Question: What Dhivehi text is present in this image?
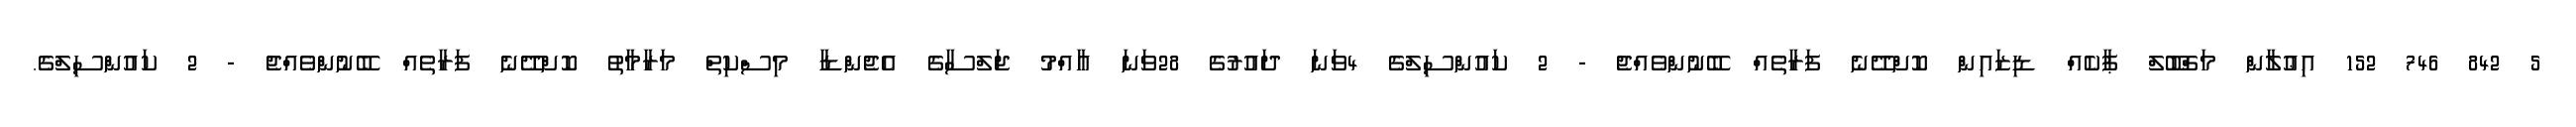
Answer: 5 842 746 152 އިޢުލާން މަޤްބޫލް ޕާކެއް ޑިޒައިން ކޮށްދޭނެ ފަރާތެއް ބޭނުންވެއްޖެ - 2 ކައުންސިލްގެ 4ވަނަ ދައުރުގެ 28ވަނަ އާއްމު ޖަލްސާގެ އެޖެންޑާ މިސްކިތް މަރާމާތު ކޮށްދޭނެ ފަރާތެއް ބޭނުންވެއްޖެ - 2 ކައުންސިލްގެ.